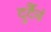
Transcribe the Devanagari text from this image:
दुर्दैवं